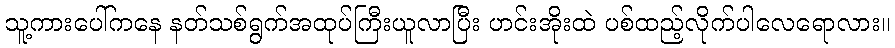
သူ့ကားပေါ်ကနေ နတ်သစ်ရွက်အထုပ်ကြီးယူလာပြီး ဟင်းအိုးထဲ ပစ်ထည့်လိုက်ပါလေရောလား။